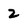
Character: 2